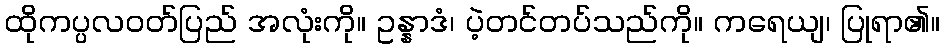
ထိုကပ္ပလဝတ်ပြည် အလုံးကို။ ဥန္နာဒံ၊ ပဲ့တင်တပ်သည်ကို။ ကရေယျ၊ ပြုရာ၏။